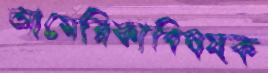
আমেরিকাবিষয়ক